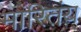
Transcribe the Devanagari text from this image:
मारितंय